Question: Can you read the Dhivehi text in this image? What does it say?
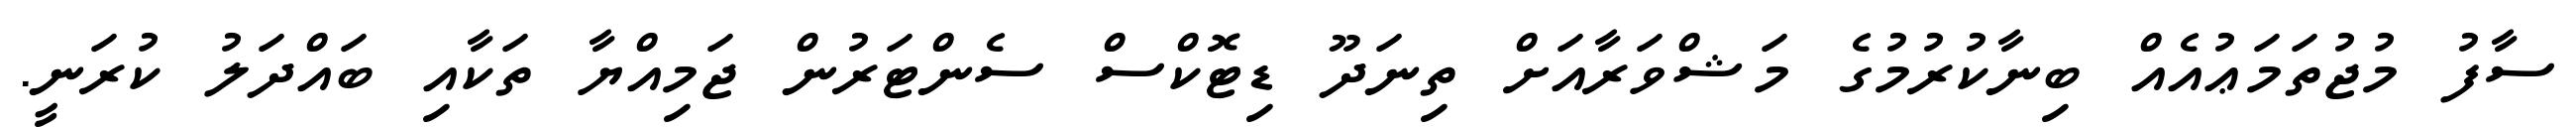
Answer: ސާފު މުޖުތަމަޢުއެއް ބިނާކުރުމުގެ މަޝްވަރާއަށް ތިނަދޫ ޑިޓޮކްސް ސެންޓަރުން ޖަމިއްޔާ ތަކާއި ބައްދަލު ކުރަނީ.